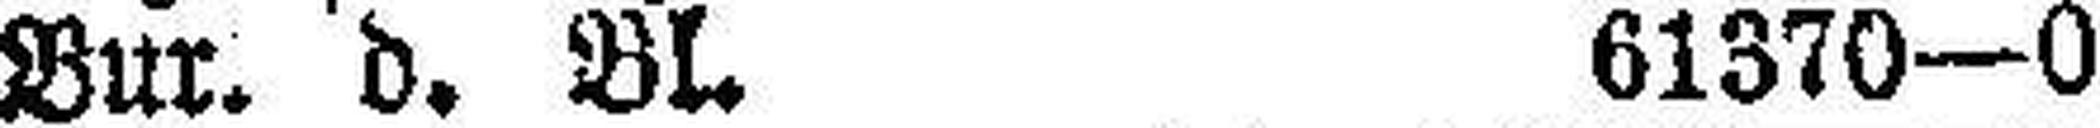
Bur. d. Bl. 61370—0